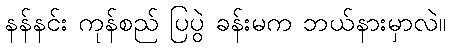
နန်နင်း ကုန်စည် ပြပွဲ ခန်းမက ဘယ်နားမှာလဲ။